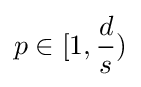
p\in [1,{\frac {d}{s}})